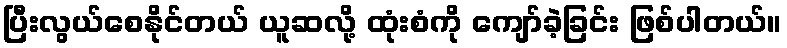
ပြီးလွယ်စေနိုင်တယ် ယူဆလို့ ထုံးစံကို ကျော်ခဲ့ခြင်း ဖြစ်ပါတယ်။